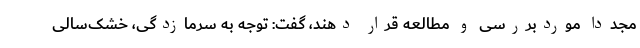
مجدداً موردبررسی و مطالعه قرار دهند، گفت: توجه به سرمازدگی، خشک‌سالی